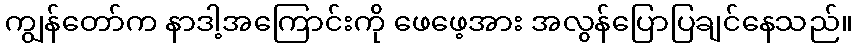
ကျွန်တော်က နာဒါ့အကြောင်းကို ဖေဖေ့အား အလွန်ပြောပြချင်နေသည်။